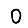
Digit: 0